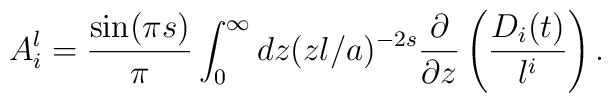
A_{i}^{l}={\sin(\pi s)\over \pi}\int_{0}^{\infty}dz (zl/a)^{-2s}{\partial \over \partial z}\left({D_{i}(t)\over l^{i}}\right) .